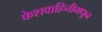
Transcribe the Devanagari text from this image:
केशवाहिनीमधून